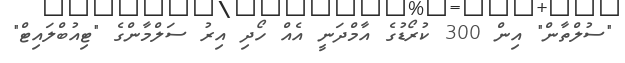
"ސުލްތާން" އިން 300 ކުރޯޑުގެ އާމްދަނީ އެއް ހޯދި އިރު ސަލްމާންގެ "ޓިއުބްލައިޓް"